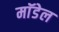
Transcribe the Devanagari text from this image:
माॅडेल